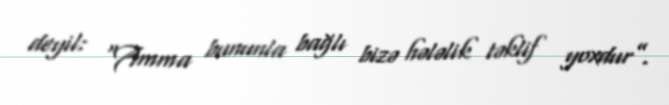
deyil: “Amma bununla bağlı bizə hələlik təklif yoxdur”.